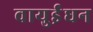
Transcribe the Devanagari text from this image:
वायुईंधन